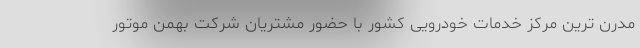
مدرن ترین مرکز خدمات خودرویی کشور با حضور مشتریان شرکت بهمن موتور